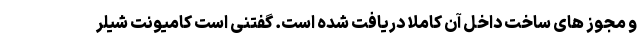
و مجوز های ساخت داخل آن کاملا دریافت شده است. گفتنی است کامیونت شیلر